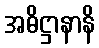
အဓိဋ္ဌာနာနိ